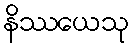
နိဿယေသု